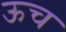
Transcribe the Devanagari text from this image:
ऊच